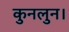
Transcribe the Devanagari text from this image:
कुनलुन।